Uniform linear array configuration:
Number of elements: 24
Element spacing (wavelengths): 0.75
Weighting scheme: uniform
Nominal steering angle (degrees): -45
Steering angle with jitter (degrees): -44.131
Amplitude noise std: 0.05
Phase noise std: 0.05

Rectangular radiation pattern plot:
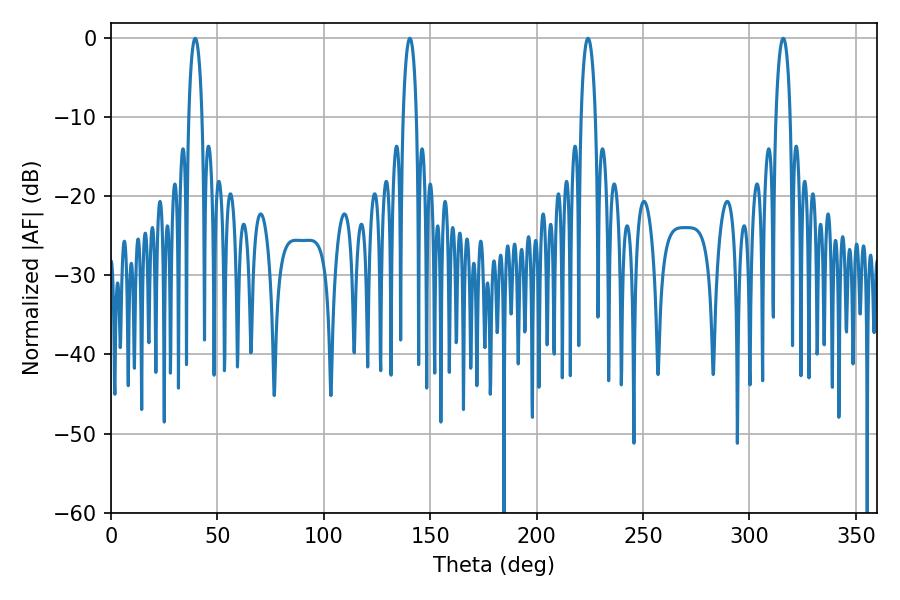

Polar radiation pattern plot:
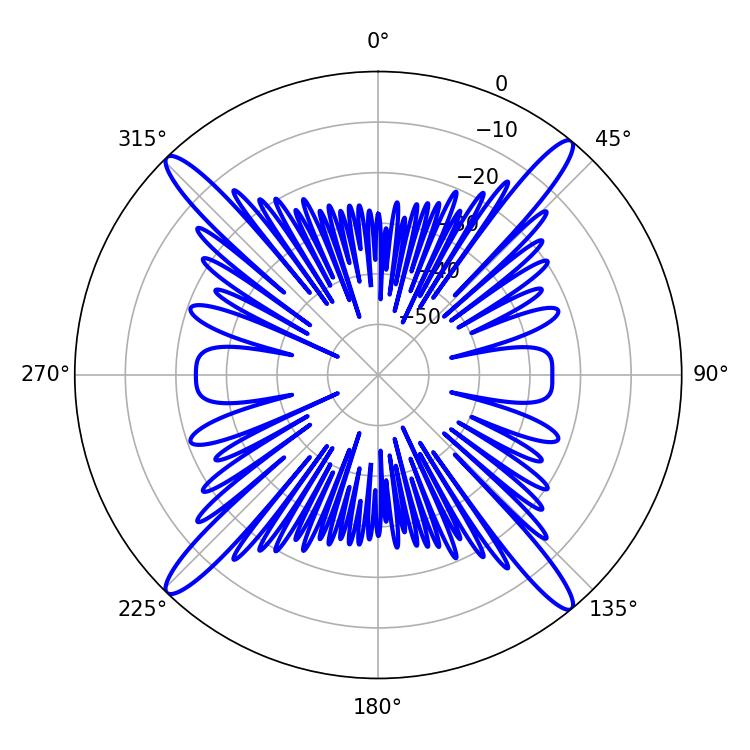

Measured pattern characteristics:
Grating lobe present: TRUE
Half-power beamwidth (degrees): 3.78
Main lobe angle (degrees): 315.9